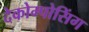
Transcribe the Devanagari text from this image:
देकोम्पोसिंग